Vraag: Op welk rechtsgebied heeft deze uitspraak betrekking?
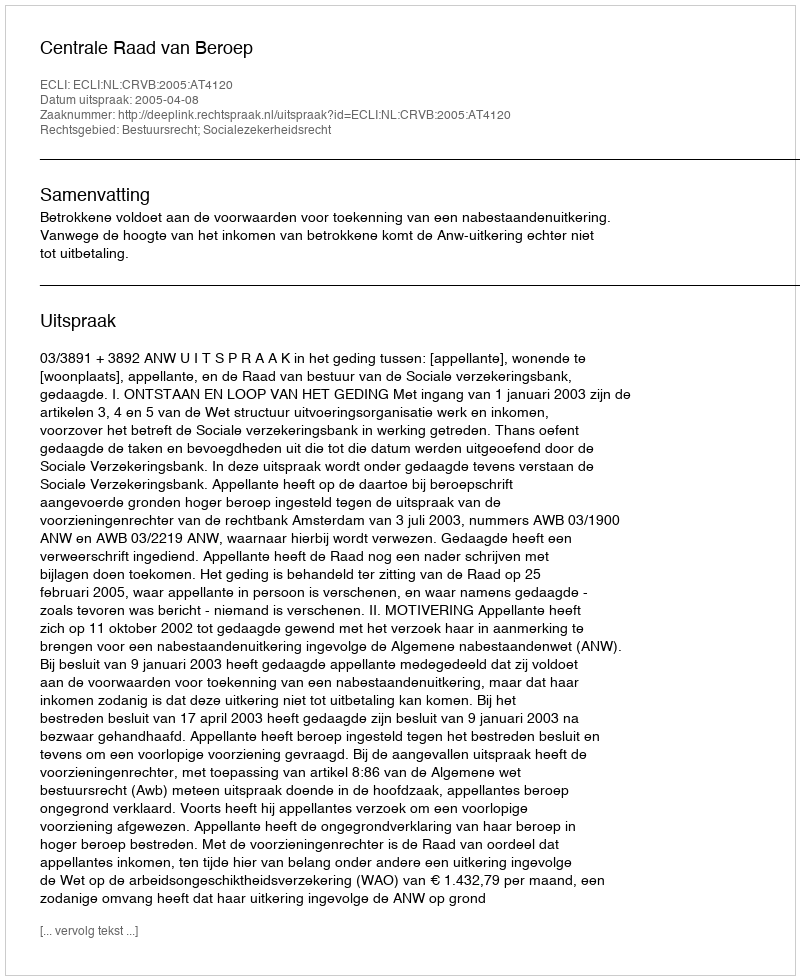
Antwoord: Bestuursrecht; Socialezekerheidsrecht